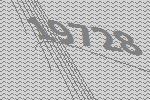
19728